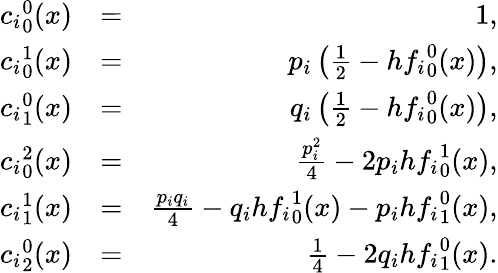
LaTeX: \begin{array}{rlr}{{c_{i}}_{0}^{0}(x)}&{=}&{1,}\\ {{c_{i}}_{0}^{1}(x)}&{=}&{p_{i}\left(\frac{1}{2}-h{f_{i}}_{0}^{0}(x)\right),}\\ {{c_{i}}_{1}^{0}(x)}&{=}&{q_{i}\left(\frac{1}{2}-h{f_{i}}_{0}^{0}(x)\right),}\\ {{c_{i}}_{0}^{2}(x)}&{=}&{\frac{p_{i}^{2}}{4}-2p_{i}h{f_{i}}_{0}^{1}(x),}\\ {{c_{i}}_{1}^{1}(x)}&{=}&{\frac{p_{i}q_{i}}{4}-q_{i}h{f_{i}}_{0}^{1}(x)-p_{i}h{f_{i}}_{1}^{0}(x),}\\ {{c_{i}}_{2}^{0}(x)}&{=}&{\frac{1}{4}-2q_{i}h{f_{i}}_{1}^{0}(x).}\end{array}